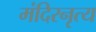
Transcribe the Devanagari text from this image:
मंदिरनृत्य